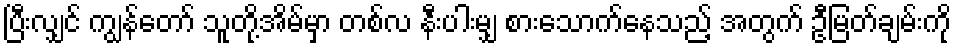
ပြီးလျှင် ကျွန်တော် သူတို့အိမ်မှာ တစ်လ နီးပါးမျှ စားသောက်နေသည့် အတွက် ဦမြတ်ချမ်းကို